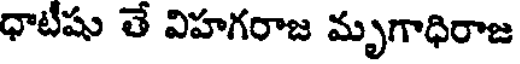
ధాటిషు తే విహగరాజ మృగాధిరాజ